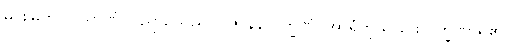
မင်းမြတ်။ ဝိညာဏံ၊ ဝိညာဉ်သည်။ ဝိဇာနနလက္ခဏံ၊ အာရုံကိုသိခြင်းလက္ခဏာရှိ၏။